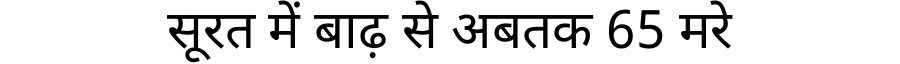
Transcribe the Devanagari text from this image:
सूरत में बाढ़ से अबतक 65 मरे